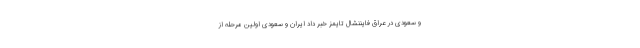
و سعودی در عراق فایننشال تایمز خبر داد ایران و سعودی اولین مرحله از